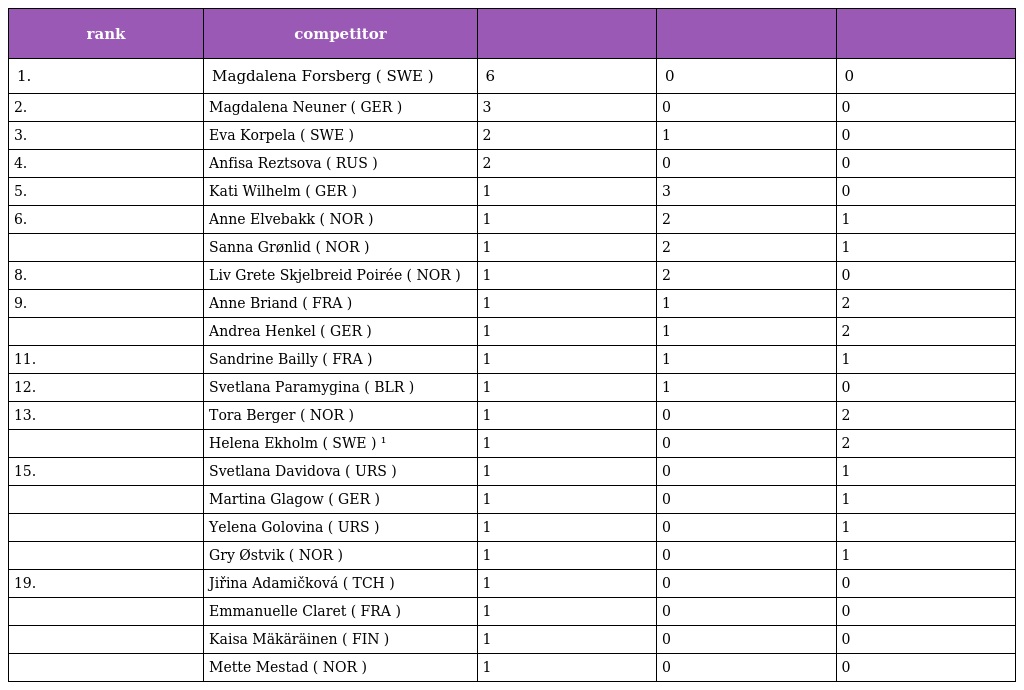
| rank | competitor |  |  |  |
 | --- | --- | --- | --- | --- |
 | 1. | Magdalena Forsberg ( SWE ) | 6 | 0 | 0 |
 | 2. | Magdalena Neuner ( GER ) | 3 | 0 | 0 |
 | 3. | Eva Korpela ( SWE ) | 2 | 1 | 0 |
 | 4. | Anfisa Reztsova ( RUS ) | 2 | 0 | 0 |
 | 5. | Kati Wilhelm ( GER ) | 1 | 3 | 0 |
 | 6. | Anne Elvebakk ( NOR ) | 1 | 2 | 1 |
 |  | Sanna Grønlid ( NOR ) | 1 | 2 | 1 |
 | 8. | Liv Grete Skjelbreid Poirée ( NOR ) | 1 | 2 | 0 |
 | 9. | Anne Briand ( FRA ) | 1 | 1 | 2 |
 |  | Andrea Henkel ( GER ) | 1 | 1 | 2 |
 | 11. | Sandrine Bailly ( FRA ) | 1 | 1 | 1 |
 | 12. | Svetlana Paramygina ( BLR ) | 1 | 1 | 0 |
 | 13. | Tora Berger ( NOR ) | 1 | 0 | 2 |
 |  | Helena Ekholm ( SWE ) ¹ | 1 | 0 | 2 |
 | 15. | Svetlana Davidova ( URS ) | 1 | 0 | 1 |
 |  | Martina Glagow ( GER ) | 1 | 0 | 1 |
 |  | Yelena Golovina ( URS ) | 1 | 0 | 1 |
 |  | Gry Østvik ( NOR ) | 1 | 0 | 1 |
 | 19. | Jiřina Adamičková ( TCH ) | 1 | 0 | 0 |
 |  | Emmanuelle Claret ( FRA ) | 1 | 0 | 0 |
 |  | Kaisa Mäkäräinen ( FIN ) | 1 | 0 | 0 |
 |  | Mette Mestad ( NOR ) | 1 | 0 | 0 |